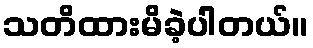
သတိထားမိခဲ့ပါတယ်။